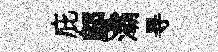
庇鄔灞㝵